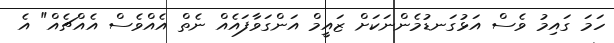
ހަމަ ގައިމު ވެސް އަޅުގަނޑުމެންނަކަށް ޒައީމް އަންގަވާފައެއް ނެތް އެއްވެސް އެއްޗެއް" އެ